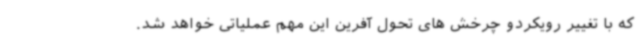
که با تغییر رویکردو چرخش های تحول آفرین این مهم عملیاتی خواهد شد.